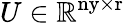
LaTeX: U\in\mathbb{R}^{\mathrm{ny\times r}}